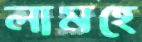
লামহে